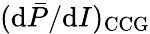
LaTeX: (\mathrm{d}\bar{P}/\mathrm{d}I)_{\mathrm{CCG}}